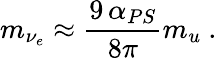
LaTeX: m_{\nu_{e}}\approx{\frac{9\, \alpha_{PS}}{8\pi}}m_{u}~.